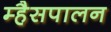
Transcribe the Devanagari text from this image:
म्हैसपालन